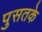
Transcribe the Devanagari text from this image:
पुसतके